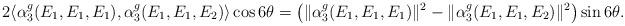
LaTeX: \begin{align*}2\langle \alpha^g_3(E_1,E_1,E_1),\alpha^g_3(E_1,E_1,E_2) \rangle\cos 6\theta =\left( \Vert\alpha^g_3(E_1,E_1,E_1)\Vert^2-\Vert\alpha^g_3(E_1,E_1,E_2)\Vert^2\right)\sin 6\theta.\end{align*}